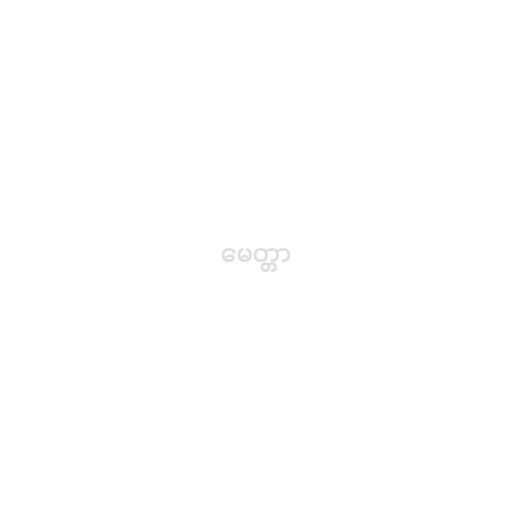
မေတ္တာ